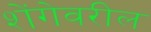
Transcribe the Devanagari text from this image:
शेंगेवरील